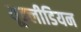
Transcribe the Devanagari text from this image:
यूक्लीडियन